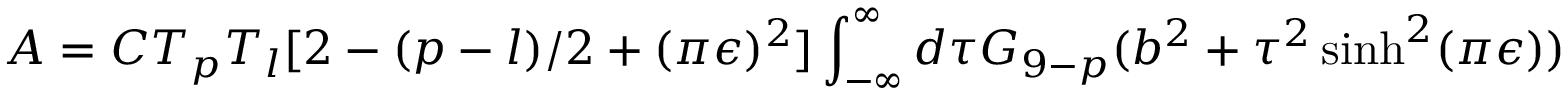
A = C T _ { p } T _ { l } [ 2 - ( p - l ) / 2 + ( \pi \epsilon ) ^ { 2 } ] \int _ { - \infty } ^ { \infty } d \tau G _ { 9 - p } ( b ^ { 2 } + \tau ^ { 2 } \sinh ^ { 2 } ( \pi \epsilon ) )